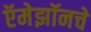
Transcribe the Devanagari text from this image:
ऍमेझॉनचे